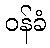
ဝန်ခံ